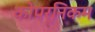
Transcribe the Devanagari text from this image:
कोपर्निकम